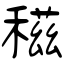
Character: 稵